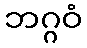
ဘဂ္ဂဝံ